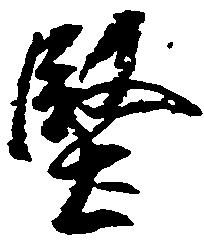
堅